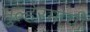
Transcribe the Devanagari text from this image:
मुल्हेरमाची